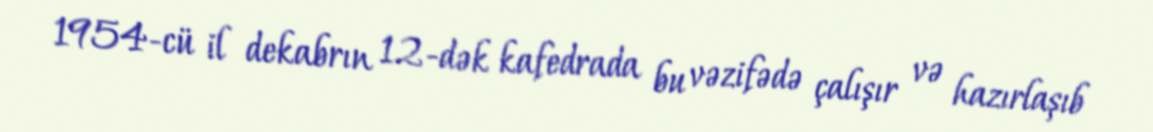
1954-cü il dekabrın 12-dək kafedrada bu vəzifədə çalışır və hazırlaşıb